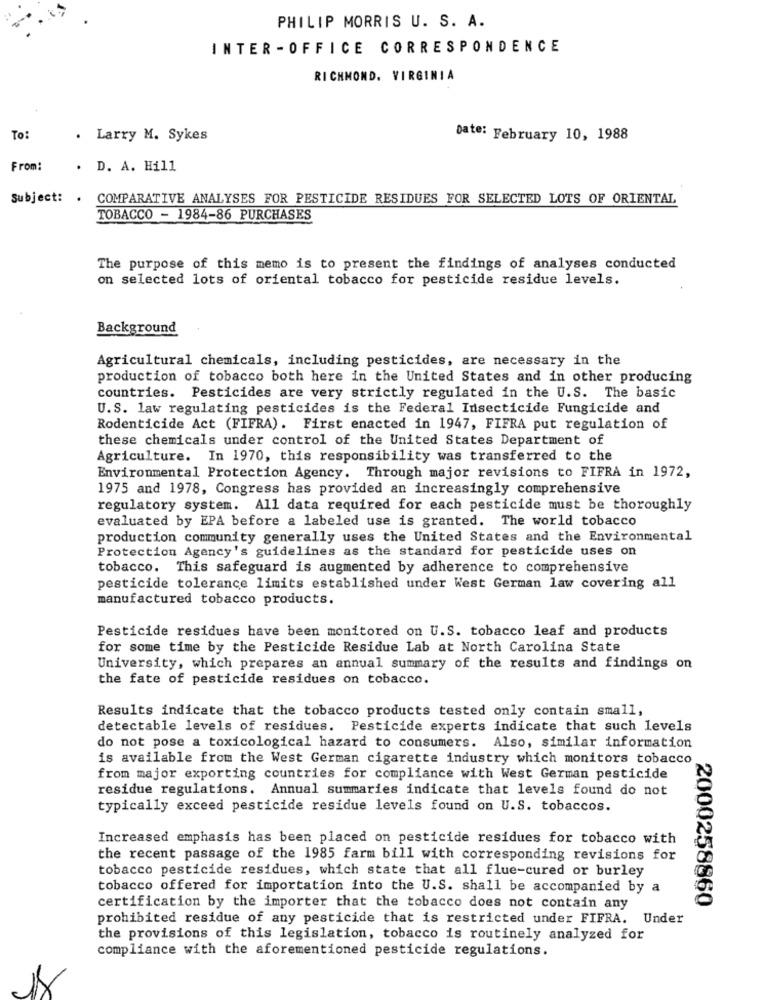
PHILIP MORRIS U. S. A.
INTER - OFFICE CORRESPONDENCE
RICHMOND, VIRGINIA
To:
. Larry M. Sykes
Date: February 10, 1988
From:
. D. A. Hill
Subject: . COMPARATIVE ANALYSES FOR PESTICIDE RESIDUES FOR SELECTED LOTS OF ORIENTAL
TOBACCO - 1984-86 PURCHASES
The purpose of this memo is to present the findings of analyses conducted
on selected lots of oriental tobacco for pesticide residue levels.
Background
Agricultural chemicals, including pesticides, are necessary in the
production of tobacco both here in the United States and in other producing
countries. Pesticides are very strictly regulated in the U.S. The basic
U.S. law regulating pesticides is the Federal Insecticide Fungicide and
Rodenticide Act (FIFRA). First enacted in 1947, FIFRA put regulation of
these chemicals under control of the United States Department of
Agriculture. In 1970, this responsibility was transferred to the
Environmental Protection Agency. Through major revisions to FIFRA in 1972,
1975 and 1978, Congress has provided an increasingly comprehensive
regulatory system. All data required for each pesticide must be thoroughly
evaluated by EPA before a labeled use is granted. The world tobacco
production community generally uses the United States and the Environmental
Protection Agency's guidelines as the standard for pesticide uses on
tobacco. This safeguard is augmented by adherence to comprehensive
pesticide tolerance limits established under West German law covering all
manufactured tobacco products.
Pesticide residues have been monitored on U.S. tobacco leaf and products
for some time by the Pesticide Residue Lab at North Carolina State
University, which prepares an annual summary of the results and findings on
the fate of pesticide residues on tobacco.
Results indicate that the tobacco products tested only contain small,
detectable levels of residues. Pesticide experts indicate that such levels
do not pose a toxicological hazard to consumers. Also, similar information
is available from the West German cigarette industry which monitors tobacco
from major exporting countries for compliance with West German pesticide
residue regulations. Annual summaries indicate that levels found do not
typically exceed pesticide residue levels found on U.S. tobaccos.
Increased emphasis has been placed on pesticide residues for tobacco with
the recent passage of the 1985 farm bill with corresponding revisions for
tobacco pesticide residues, which state that all flue-cured or burley
tobacco offered for importation into the U.S. shall be accompanied by a
2000258860
certification by the importer that the tobacco does not contain any
prohibited residue of any pesticide that is restricted under FIFRA. Under
the provisions of this legislation, tobacco is routinely analyzed for
compliance with the aforementioned pesticide regulations.